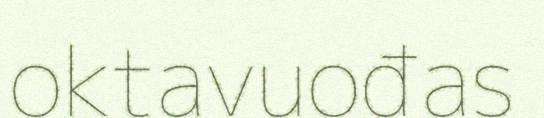
oktavuođas